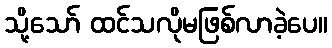
သို့သော် ထင်သလိုမဖြစ်လာခဲ့ပေ။